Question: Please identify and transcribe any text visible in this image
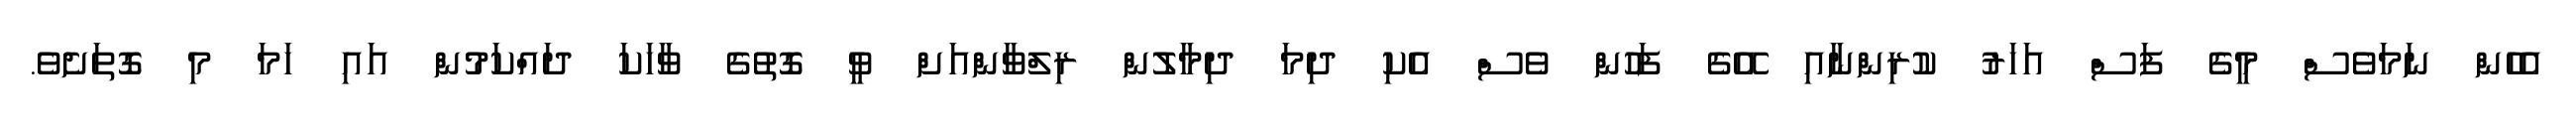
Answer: އެހެން ނަމަވެސް މީގެ ފަސް އަހަރު ކުރިންނާއި އޭގެ ފަހުން ވެސް އެކި ދިމަ ދިމާލުން ރިލްވާންއަށް ވީ ގޮތުގެ ވާހަކަ ދައްކަމުން އައި ހަމަ މި ގޮތަށެވެ.